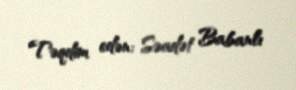
Təqdim edən: Səadət Babanlı